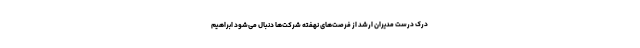
درک درست مدیران ارشد از فرصت‌های نهفته شرکت‌ها دنبال می‌شود ابراهیم